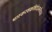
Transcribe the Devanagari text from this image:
भास्करशक्रशिरोऽवनते॥३॥